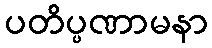
ပတိပ္ပဏာမနာ